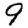
Digit: 9